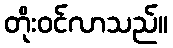
တိုးဝင်လာသည်။